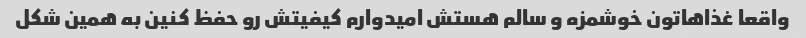
واقعا غذاهاتون خوشمزه و سالم هستش امیدوارم کیفیتش رو حفظ کنین به همین شکل